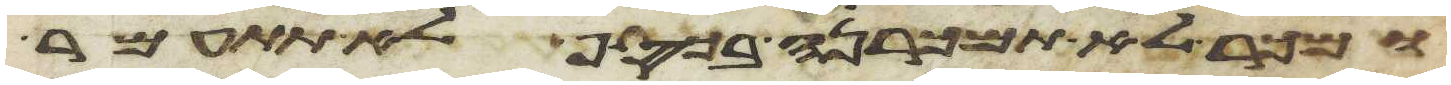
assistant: ומכר לא תמכרנה בכסף לא תתעמר